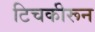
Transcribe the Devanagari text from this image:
टिचकीरून